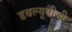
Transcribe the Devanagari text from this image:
डबल्यूबीजी